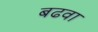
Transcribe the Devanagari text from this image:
बढवा